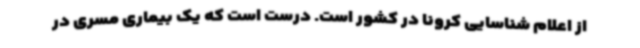
از اعلام شناسایی کرونا در کشور است. درست است که یک بیماری مسری در